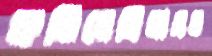
করিয়েছিলামও